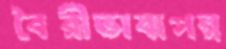
বৈরীভাবাপন্ন